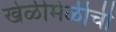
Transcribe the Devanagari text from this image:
खेळीमेळीची